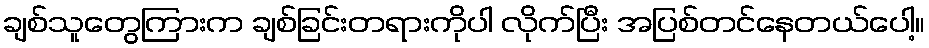
ချစ်သူတွေကြားက ချစ်ခြင်းတရားကိုပါ လိုက်ပြီး အပြစ်တင်နေတယ်ပေါ့။